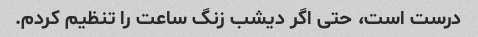
درست است، حتی اگر دیشب زنگ ساعت را تنظیم کردم.